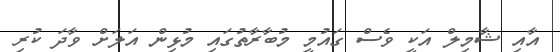
އާއި ޝާމިލް އަކީ ވެސް ގައުމީ މުބާރާތުގައި މުޅިން އަލަށް ވާދަ ކުރި